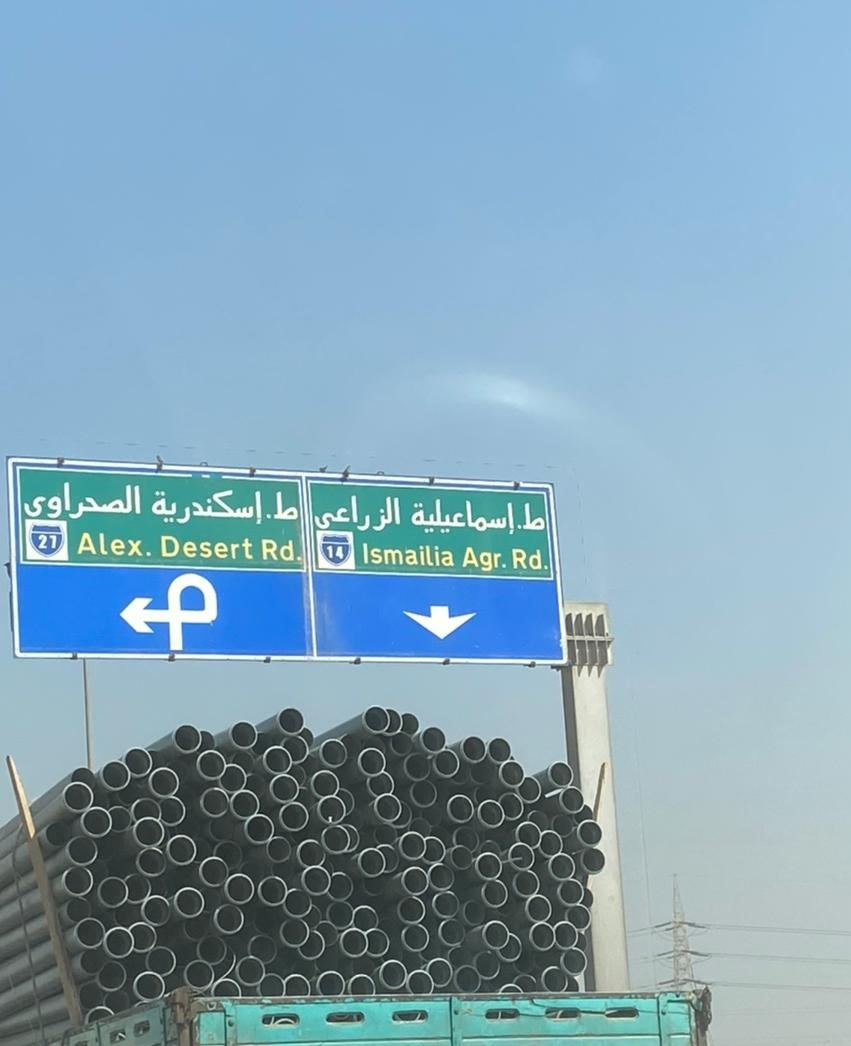
Text in image: الصحراوي ط إسكندرية الزراعي إسماعيلية 27 Alex Desert Rd 14 Ismailia Agr Rd